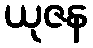
ယုဇန